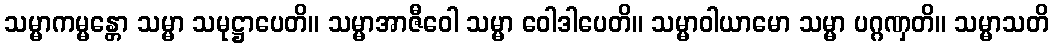
သမ္မာကမ္မန္တော သမ္မာ သမုဋ္ဌာပေတိ။ သမ္မာအာဇီဝေါ သမ္မာ ဝေါဒါပေတိ။ သမ္မာဝါယာမော သမ္မာ ပဂ္ဂဏှတိ။ သမ္မာသတိ